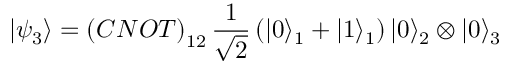
\left| \psi _ { 3 } \right\rangle = \left( C N O T \right) _ { 1 2 } \frac { 1 } { \sqrt { 2 } } \left( | 0 \rangle _ { 1 } + | 1 \rangle _ { 1 } \right) | 0 \rangle _ { 2 } \otimes | 0 \rangle _ { 3 }